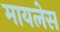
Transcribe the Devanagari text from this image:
मायलेस